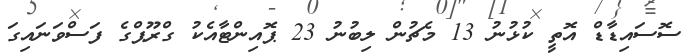
ސޮސައިޑާޑް އޮތީ ކުޅުނު 13 މެޗުން ލިބުނު 23 ޕޮއިންޓާއެކު ގްރޫޕްގެ ފަސްވަނައިގަ